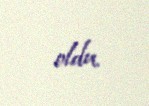
oldu.